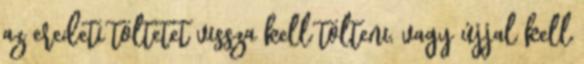
az eredeti töltetet vissza kell tölteni, vagy újjal kell